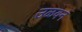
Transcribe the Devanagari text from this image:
उळवन